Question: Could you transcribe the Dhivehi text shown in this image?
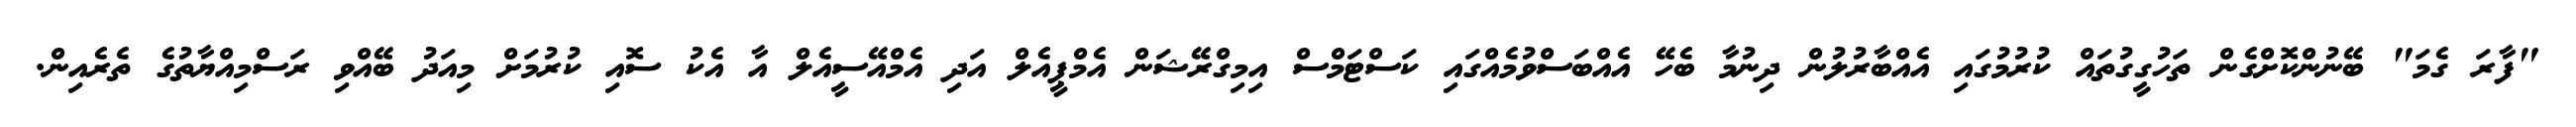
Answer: "ފާރަ ގެމަ" ބޭނުންކޮށްގެން ތަހުގީގުތައް ކުރުމުގައި އެއްބާރުލުން ދިނުމާ ބެހޭ އެއްބަސްވުމެއްގައި ކަސްޓަމްސް އިމިގްރޭޝަން އެމްޕީއެލް އަދި އެމްއޭސީއެލް އާ އެކު ސޮއި ކުރުމަށް މިއަދު ބޭއްވި ރަސްމިއްޔާތުގެ ތެރެއިން.